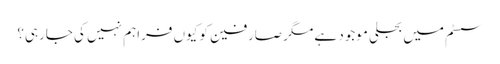
سسٹم میں بجلی موجود ہے مگر صارفین کو کیوں فراہم نہیں کی جارہی؟